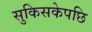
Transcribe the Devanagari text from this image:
सुकिसकेपछि